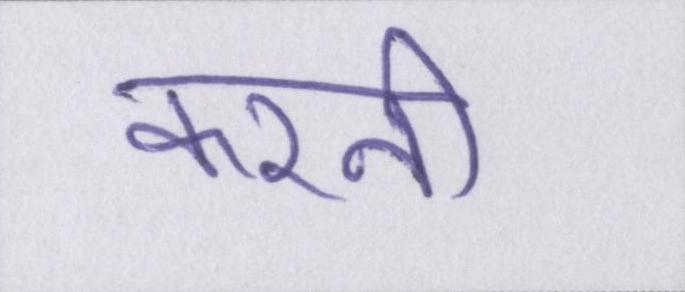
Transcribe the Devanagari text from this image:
करनी